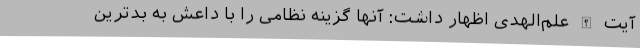
آیت الله علم‌الهدی اظهار داشت: آنها گزینه نظامی را با داعش به بدترین